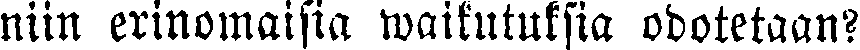
niin erinomaisia waikutuksia odotetaan?